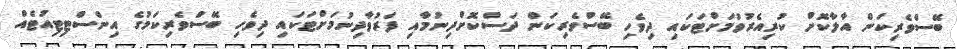
ބޭސްވެރިކަން އާލާކޮށް ކުރިއެރުވުމަށްޓަކައި ދިވެހި ބޭސްވެރިކަން ދަސްކޮށްދިނުމާއި ފަރުވާދިނުމަށްޓަކައި ދިވެހި ބޭސްވެރިކަމުގެ އިންސްޓިޓިއުޓެއް